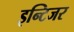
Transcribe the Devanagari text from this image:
इन्टिजर